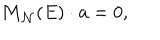
{ \bf M } _ { { \cal N } } ( E ) \cdot { \bf a } = 0 ,